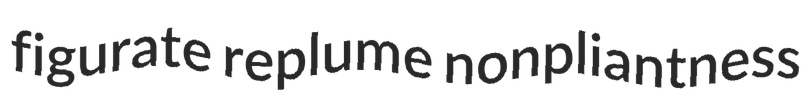
figurate replume nonpliantness